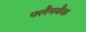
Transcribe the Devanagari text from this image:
फ्लैमबैक